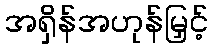
အရှိန်အဟုန်မြှင့်